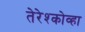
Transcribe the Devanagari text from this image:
तेरेश्कोव्हा